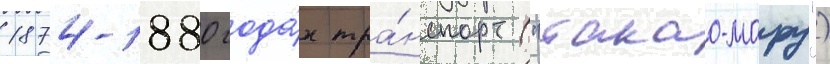
1874-1880 года́х тра́нспорт ("такао-мару")